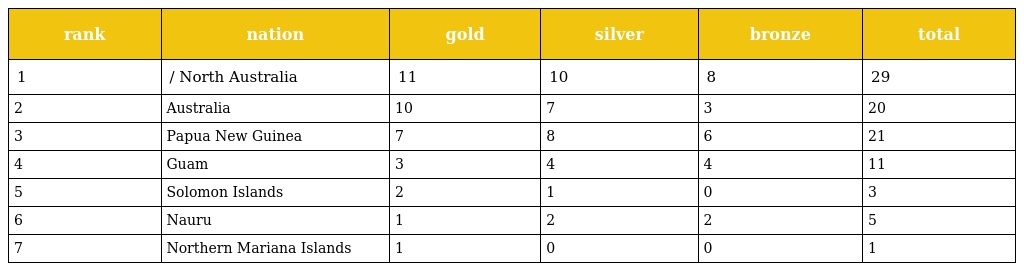
| rank | nation | gold | silver | bronze | total |
 | --- | --- | --- | --- | --- | --- |
 | 1 | / North Australia | 11 | 10 | 8 | 29 |
 | 2 | Australia | 10 | 7 | 3 | 20 |
 | 3 | Papua New Guinea | 7 | 8 | 6 | 21 |
 | 4 | Guam | 3 | 4 | 4 | 11 |
 | 5 | Solomon Islands | 2 | 1 | 0 | 3 |
 | 6 | Nauru | 1 | 2 | 2 | 5 |
 | 7 | Northern Mariana Islands | 1 | 0 | 0 | 1 |